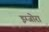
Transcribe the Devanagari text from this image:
इग्जोरा